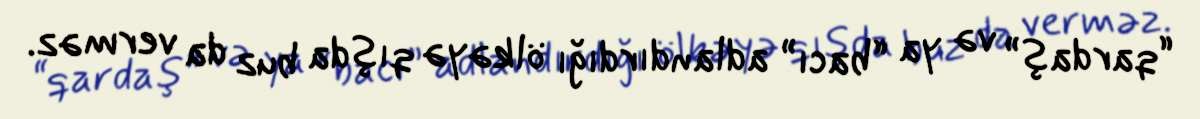
“qardaş” və ya “bacı” adlandırdığı ölkəyə qışda buz da verməz.